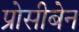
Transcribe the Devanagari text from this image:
प्रोसीबेन